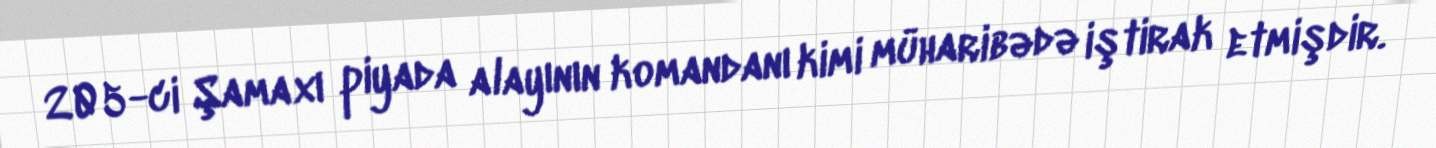
205-ci Şamaxı piyada alayının komandanı kimi müharibədə iştirak etmişdir.